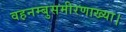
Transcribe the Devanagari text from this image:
वह़नम्‍बुसमीरणाख्‍या।